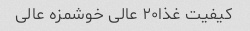
کیفیت غذا۲۰ عالی خوشمزه عالی